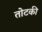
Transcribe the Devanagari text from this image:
तोटकी